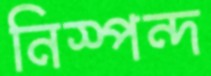
নিস্পন্দ